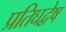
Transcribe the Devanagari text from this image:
प्रतिघद्वेष